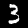
Digit: 3